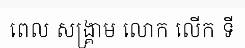
ពេល សង្គ្រាម លោក លើក ទី